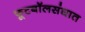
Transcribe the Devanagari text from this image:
फूटबॉलसंघात